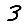
Digit: 3